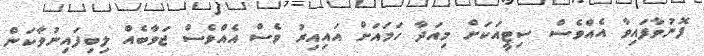
ފޮނުވާފައިވާ އެއްވެސް ސިޓީއަކަށް މިއަދާ ހަމައަށް އައިއިރު ވެސް އެއްވެސް ޖަވާބެއް ލިބިފައިނުވާކަން